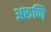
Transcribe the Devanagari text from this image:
अरुणि